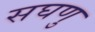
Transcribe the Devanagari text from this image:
सघणु